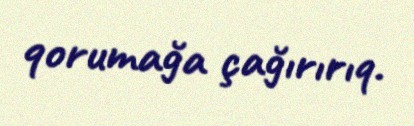
qorumağa çağırırıq.